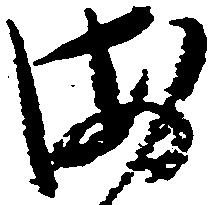
固